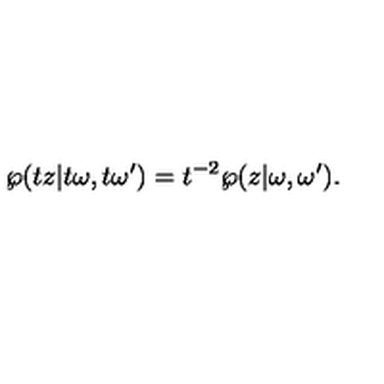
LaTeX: \wp ( t z | t \omega , t \omega ^ { \prime } ) = t \sp { - 2 } \wp ( z | \omega , \omega ^ { \prime } ) .